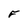
Character: F